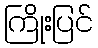
ကြိုးပြင်